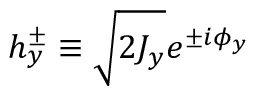
h _ { y } ^ { \pm } \equiv \sqrt { 2 J _ { y } } e ^ { \pm i \phi _ { y } }